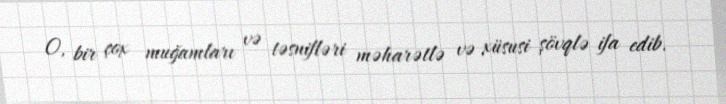
O, bir çox muğamları və təsnifləri məharətlə və xüsusi şövqlə ifa edib.